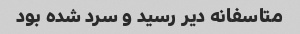
متاسفانه دیر رسید و سرد شده بود